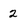
Character: 2